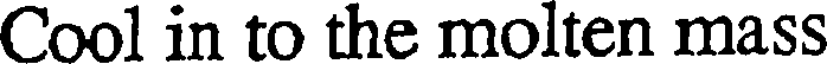
Cool in to the molten mass